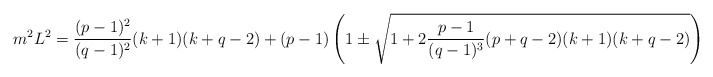
\begin{align*}m^2 L^2 = {(p-1)^2 \over (q-1)^2} (k+1)(k+q-2) + (p-1) \left( 1 \pm \sqrt{1 +2 {p-1 \over (q-1)^3} (p+q-2) (k+1)(k+q-2) } \right) \,.\end{align*}